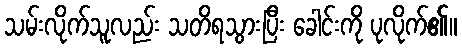
သမ်းလိုက်သူလည်း သတိရသွားပြီး ခေါင်းကို ပုလိုက်၏။